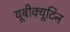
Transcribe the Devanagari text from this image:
यूबीक्यूटिन